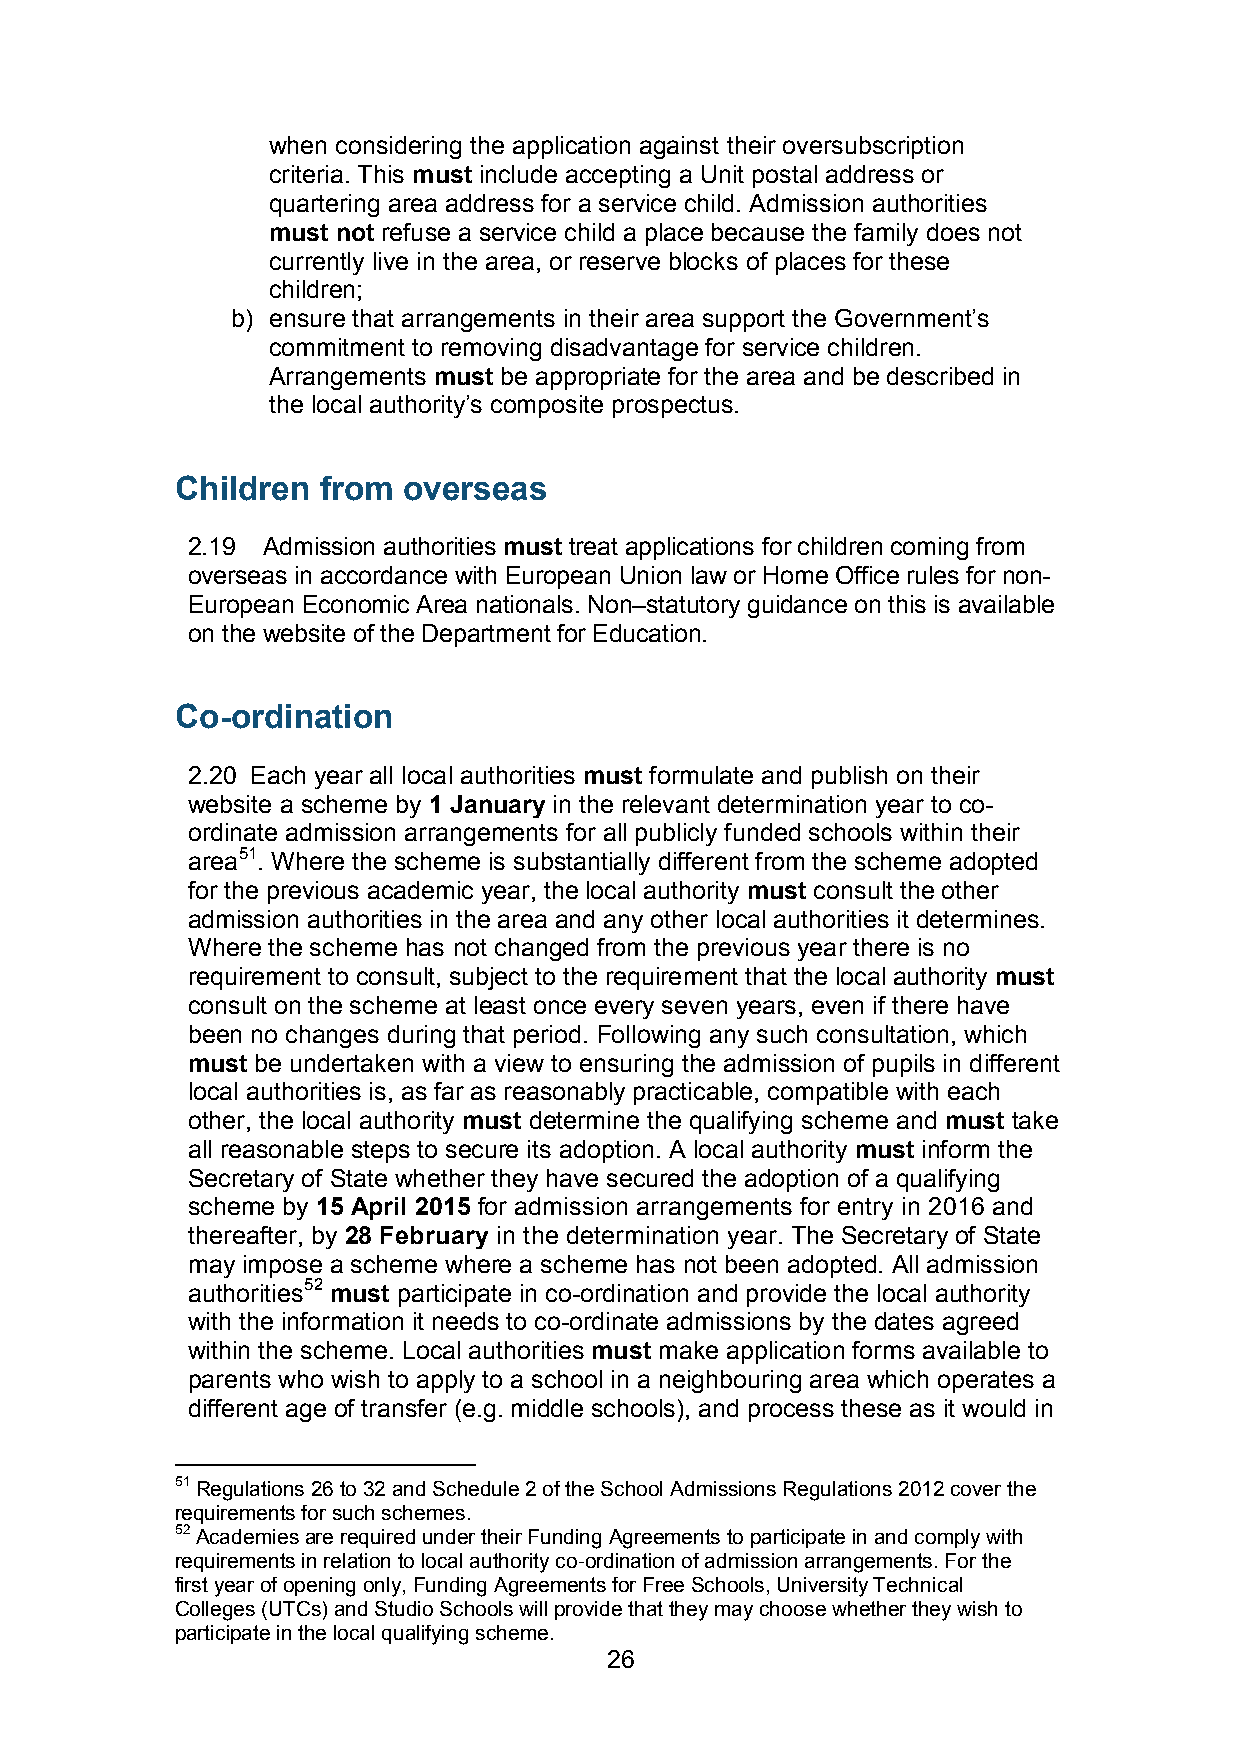
when considering the application against their oversubscription
 criteria. This must include accepting a Unit postal address or
 quartering area address for a service child. Admission authorities
 must not refuse a service child a place because the family does not
 currently live in the area, or reserve blocks of places for these
 children;
 b) ensure that arrangements in their area support the Government’s
 commitment to removing disadvantage for service children.
 Arrangements must be appropriate for the area and be described in
 the local authority’s composite prospectus.
 Children from  overseas
 2.19 Admission authorities must treat applications for children coming from
 overseas in accordance with European Union law or Home Office rules for non-
 European Economic Area nationals. Non–statutory guidance on this is available
 on the website of the Department for Education.
 Co-ordination
 2.20 Each year all local authorities must formulate and publish on their
 website a scheme by 1 January in the relevant determination year to co-
 ordinate admission arrangements for all publicly funded schools within their
 area51. Where the scheme is substantially different from the scheme adopted
 for the previous academic year, the local authority must consult the other
 admission authorities in the area and any other local authorities it determines.
 Where the scheme has not changed from the previous year there is no
 requirement to consult, subject to the requirement that the local authority must
 consult on the scheme at least once every seven years, even if there have
 been no changes during that period. Following any such consultation, which
 must be undertaken with a view to ensuring the admission of pupils in different
 local authorities is, as far as reasonably practicable, compatible with each
 other, the local authority must determine the qualifying scheme and must take
 all reasonable steps to secure its adoption. A local authority must inform the
 Secretary of State whether they have secured the adoption of a qualifying
 scheme by 15 April 2015 for admission arrangements for entry in 2016 and
 thereafter, by 28 February in the determination year. The Secretary of State
 may impose a scheme where a scheme has not been adopted. All admission
 authorities52 must participate in co-ordination and provide the local authority
 with the information it needs to co-ordinate admissions by the dates agreed
 within the scheme. Local authorities must make application forms available to
 parents who wish to apply to a school in a neighbouring area which operates a
 different age of transfer (e.g. middle schools), and process these as it would in
 51 Regulations 26 to 32 and Schedule 2 of the School Admissions Regulations 2012 cover the
 requirements for such schemes.
 52 Academies are required under their Funding Agreements to participate in and comply with
 requirements in relation to local authority co-ordination of admission arrangements. For the
 first year of opening only, Funding Agreements for Free Schools, University Technical
 Colleges (UTCs) and Studio Schools will provide that they may choose whether they wish to
 participate in the local qualifying scheme.
 26